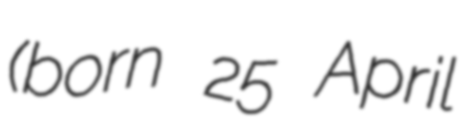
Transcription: (born 25 April